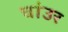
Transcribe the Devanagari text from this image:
चांउर